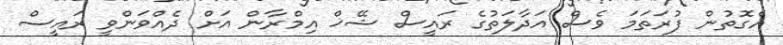
އެގޮތުން ފުރަތަމަ ވެސް އަދާލަތުގެ ރައީސް ޝޭޚް އިމްރާން އަށް ދެއްވަންވީ ރައީސް